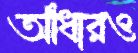
আঁধারও